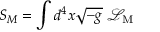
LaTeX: S _ { M } = \int d ^ { 4 } x { \sqrt { - g } } \; { \mathcal { L } } _ { \mathrm { M } }